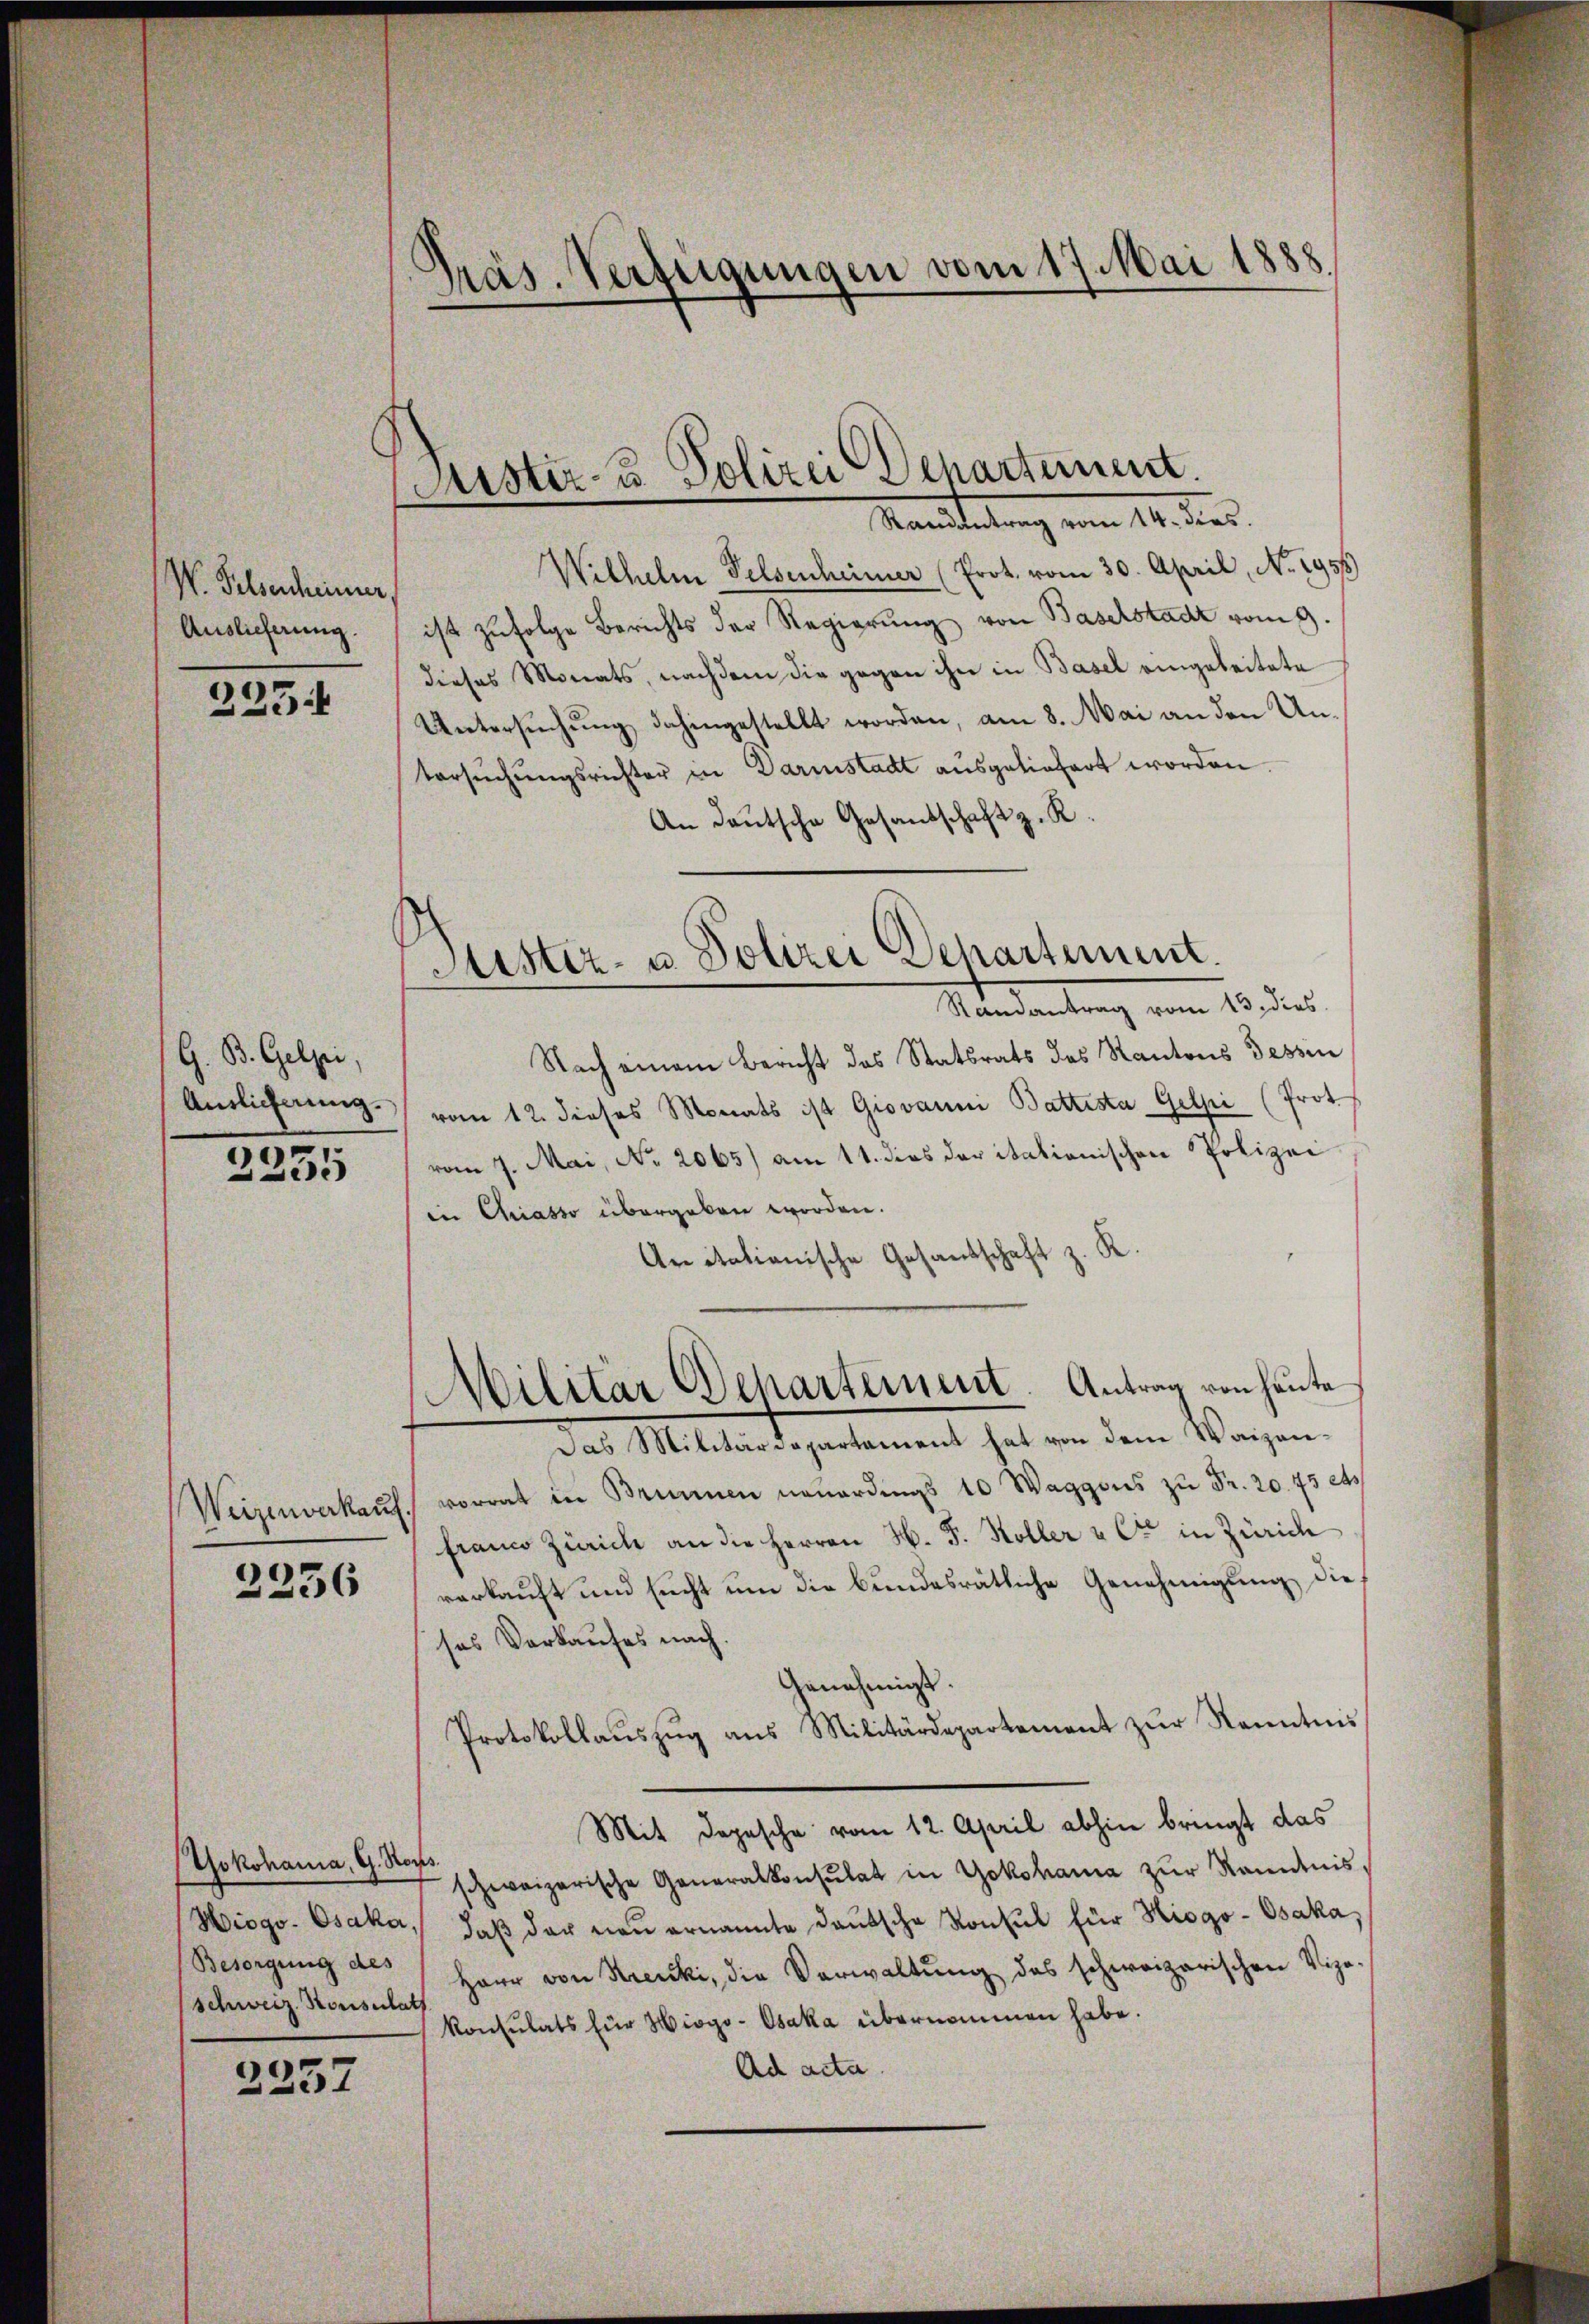
W. Felsencheiner,
Auslieferung.

2254

G. B. Gelzei,
Antlicherung.

2235

2256

(Yokohanna, G. Stops.
Schweiz. Konsulat

2237

Präs. Verfügungen vom 17. Mai 1888.

Sistir- u. Polizei Departement.
Maitaltung vom 14. dies

Wilhelm Felsenheimer (Prot. vom 30. April, No. 2955)
ist zufolge Berichts der Regierung von Baselstadt vom 9.
dieses Monats, nachdem die gegen ihn in Basel eingeleitete
Untersuchung dahingestellt worden, am 8. Mai an den Untersuchungsrichter in Darmstadt ausgeliefert worden.
An Deutsche Gesandschaft z. R.
Nach einem Bericht das Statsrats des Kantons Tessin
vom 12. dieses Monats ist Giovanni Battesta Gelpi (Prot
vom 7. Mai, No. 2065) am 11. dies der itationischen Polizei
in Chriasso übergeben worden.
Anitationische Gesandschaft z. R.
Militar Departement. Antrag von heute
Das Militärdepartement hat von dem Waizen¬
Weizenverkaŭf vorrat in Brunnen neŭerdings 10 Waggons zŭ Fr. 20. 73 et
franco Zürich an die Herren H. F. Koller & Cie in Zürich
verkauft und sucht um die bundesrätliche Genehmigung dieses Vorkaufes nach.
Genehmigt.
Protokollaŭszŭg ans Militärdepartement zŭr Kenntnis
Mit Depesche vom 12. April abhin bringt das
schweizerische Generalkonsulat in Yokohama zŭr Kenntnis-
Hiogo. Osaka, daβ der neŭ ernannte daŭtsche Konsul für Hiogo-Osaka,
Besorgung des Herr von Krecki, die Verwaltŭng des schweizerischen Vize-
konsulats für Hiogo-Osaka übernommen habe.
Ad acta.

Fister- u. Polizei Departement.
Randantrag vom 13. dies